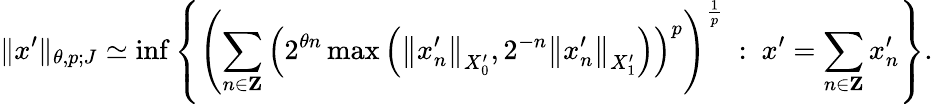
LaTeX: \| x^{\prime}\| _{\theta,p;J}\simeq\operatorname*{inf}\left\{ \left(\sum_{n\in\mathbf{Z}}\left(2^{\theta n}\operatorname*{max}\left(\left\| x_{n}^{\prime}\right\| _{X_{0}^{\prime}},2^{-n}\left\| x_{n}^{\prime}\right\| _{X_{1}^{\prime}}\right)\right)^{p}\right)^{\frac{1}{p}}\ :\ x^{\prime}=\sum_{n\in\mathbf{Z}}x_{n}^{\prime}\right\} .